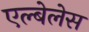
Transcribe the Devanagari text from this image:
एल्बेलेस